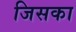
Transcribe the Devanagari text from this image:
जिसका